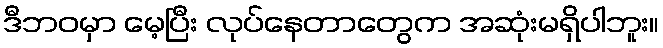
ဒီဘဝမှာ မေ့ပြီး လုပ်နေတာတွေက အဆုံးမရှိပါဘူး။